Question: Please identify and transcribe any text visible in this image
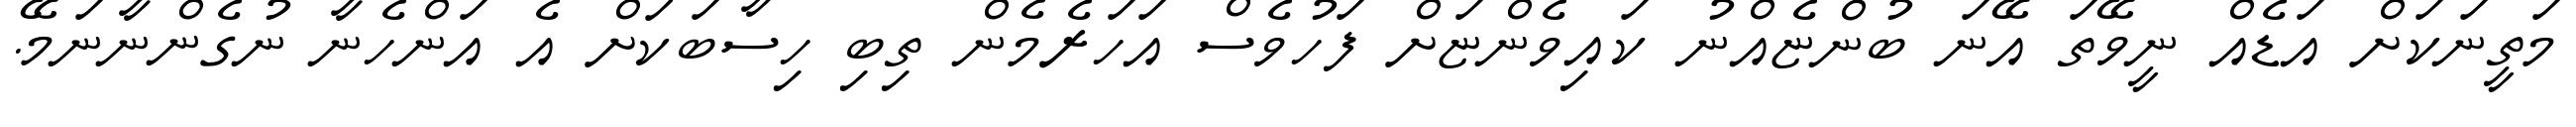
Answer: މަތީނަކަށް އަޑެއް ނީވޭތަ އޭނަ ބުންޏެއްނު ކައިވެންޏަށް ފަހުވެސް އަހަރެމެން ތިބި ހިސާބަކަށް އެ އަންހެނާ ނުގެންނާނަމޭ.